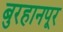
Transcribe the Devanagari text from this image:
बुरहानपूर